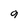
Character: q